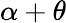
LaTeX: \alpha+\theta